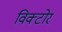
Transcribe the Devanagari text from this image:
विक्टोर